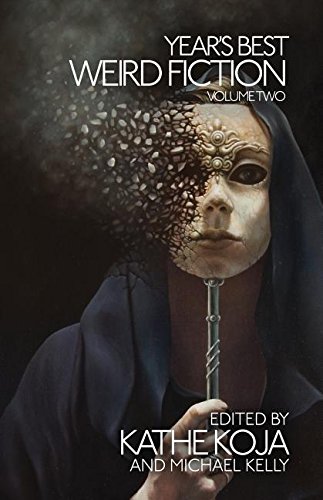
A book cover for Year's Best Weird Fiction, Vol. 2; Science Fiction & Fantasy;